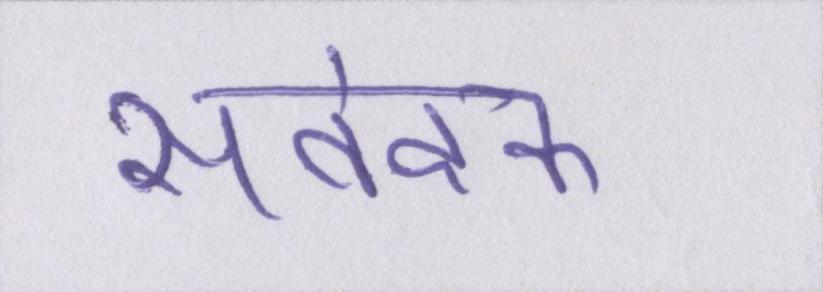
संवेदक